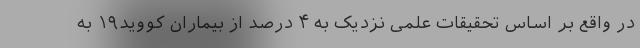
در واقع بر اساس تحقیقات علمی نزدیک به ۴ درصد از بیماران کووید۱۹ به